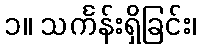
၁။ သင်္ကန်းရှိခြင်း၊